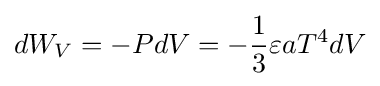
dW_{V}=-PdV=-{\frac {1}{3}}\varepsilon aT^{4}dV